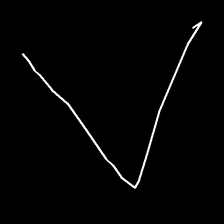
Glyph: region